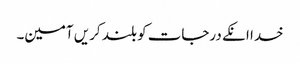
خدا انکے درجات کو بلند کریں آمین۔